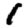
Digit: 1